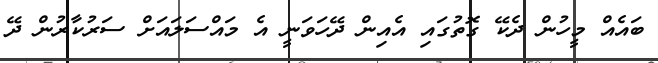
ބައެއް މީހުން ދެކޭ ގޮތުގައި އެއިން ދޭހަވަނީ އެ މައްސަލައަށް ސަރުކާރުން ދޭ